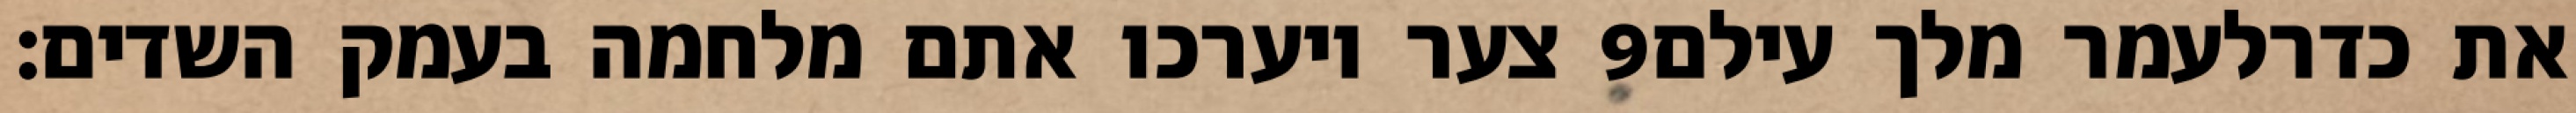
צער ויערכו אתם מלחמה בעמק השדים׃ ‎9‏ את כדרלעמר מלך עילם